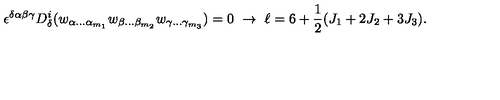
\epsilon ^ { \delta \alpha \beta \gamma } D _ { \delta } ^ { i } ( w _ { \alpha \ldots \alpha _ { m _ { 1 } } } w _ { \beta \ldots \beta _ { m _ { 2 } } } w _ { \gamma \ldots \gamma _ { m _ { 3 } } } ) = 0 \ \rightarrow \ \ell = 6 + { \frac { 1 } { 2 } } ( J _ { 1 } + 2 J _ { 2 } + 3 J _ { 3 } ) .